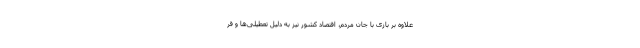
علاوه بر بازی با جان مردم، اقتصاد کشور نیز به دلیل تعطیلی‌ها و قر